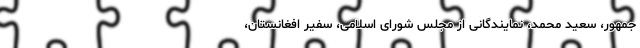
جمهور، سعید محمد، نمایندگانی از مجلس شورای اسلامی، سفیر افغانستان،